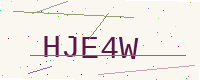
Text: HJE4W